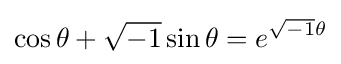
\cos \theta +{\sqrt {-1}}\sin \theta =e^{{\sqrt {-1}}\theta }